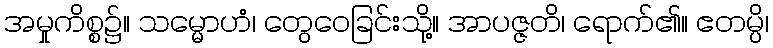
အမှုကိစ္စ၌။ သမ္မောဟံ၊ တွေဝေခြင်းသို့။ အာပဇ္ဇတိ၊ ရောက်၏။ ဧတမ္ပိ၊